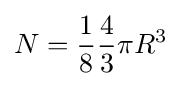
N={1 \over 8}{4 \over 3}\pi R^{3}